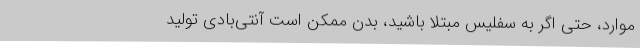
موارد، حتی اگر به سفلیس مبتلا باشید، بدن ممکن است آنتی‌بادی تولید